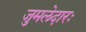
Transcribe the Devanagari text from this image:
जुमलेदारः